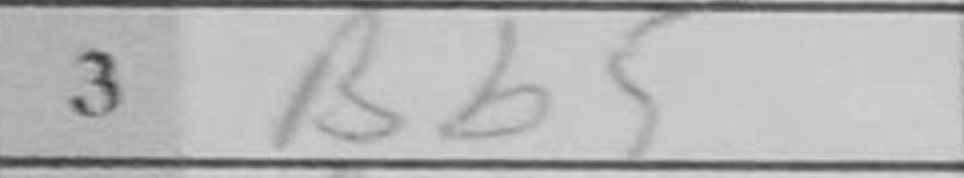
Transcription: Bb5